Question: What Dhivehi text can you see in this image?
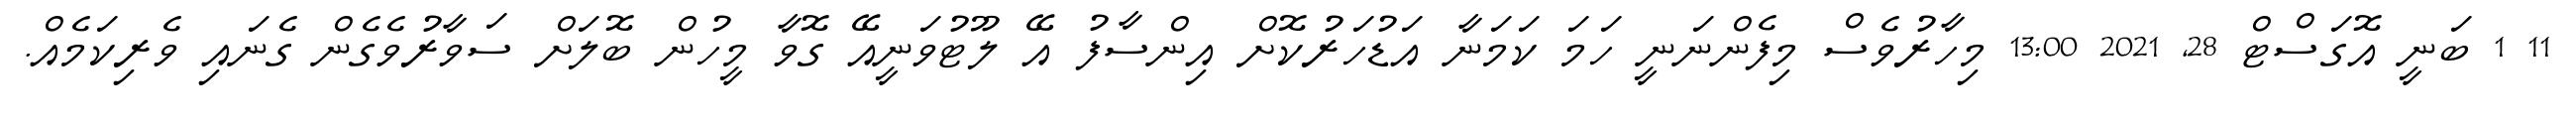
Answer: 11 1 ބަނީ އޮގަސްޓް 28, 2021 13:00 މިހާރުވެސް މިފެންނަނީ ހަމަ ކަމަނާ އަޑުހަރުކޮށް އިންސާފު އޭ ލޫޓުވަނީއޭ ގޮވާ މީހުން ބޮލަށް ސަވާރުވެގެން ގެނައި ވެރިކަމެއް.